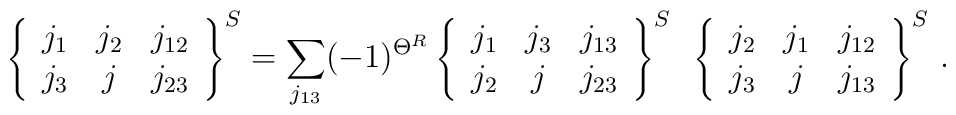
\left\{\begin{array}{ccc}j_1 & j_2 & j_{12} \\j_3 & j   & j_{23}\end{array}\right\}^S=\sum_{j_{13}}(-1)^{\Theta^{R}}\left\{\begin{array}{ccc}j_1 & j_3 & j_{13} \\j_2 & j   & j_{23}\end{array}\right\}^S~\left\{\begin{array}{ccc}j_2 & j_1 & j_{12} \\j_3 & j   & j_{13}\end{array}\right\}^S\,.